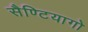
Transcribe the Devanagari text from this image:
सैण्टियागो